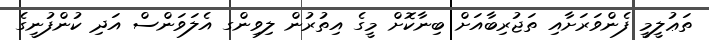
ތަޢުލީމީ ފެންވަރަށާއި ތަޖުރިބާއަށް ބިނާކޮށް މީގެ އިތުރުން ލިވިންގ އެލަވަންސް އަދި ކުންފުނީގެ